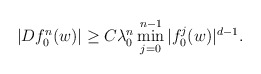
\begin{align*}|Df_0^n(w)|\ge C \lambda_0^n \min_{j=0}^{n-1}|f_0^j(w)|^{d-1}.\end{align*}